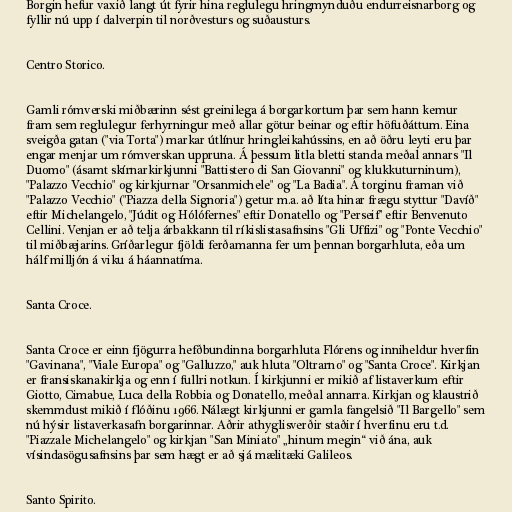
Borgin hefur vaxið langt út fyrir hina reglulegu hringmynduðu endurreisnarborg og
fyllir nú upp í dalverpin til norðvesturs og suðausturs.

Centro Storico.

Gamli rómverski miðbærinn sést greinilega á borgarkortum þar sem hann kemur
fram sem reglulegur ferhyrningur með allar götur beinar og eftir höfuðáttum. Eina
sveigða gatan ("via Torta") markar útlínur hringleikahússins, en að öðru leyti eru þar
engar menjar um rómverskan uppruna. Á þessum litla bletti standa meðal annars "Il
Duomo" (ásamt skírnarkirkjunni "Battistero di San Giovanni" og klukkuturninum),
"Palazzo Vecchio" og kirkjurnar "Orsanmichele" og "La Badia". Á torginu framan við
"Palazzo Vecchio" ("Piazza della Signoria") getur m.a. að líta hinar frægu styttur "Davíð"
eftir Michelangelo, "Júdit og Hólófernes" eftir Donatello og "Perseif" eftir Benvenuto
Cellini. Venjan er að telja árbakkann til ríkislistasafnsins "Gli Uffizi" og "Ponte Vecchio"
til miðbæjarins. Gríðarlegur fjöldi ferðamanna fer um þennan borgarhluta, eða um
hálf milljón á viku á háannatíma.

Santa Croce.

Santa Croce er einn fjögurra hefðbundinna borgarhluta Flórens og inniheldur hverfin
"Gavinana", "Viale Europa" og "Galluzzo," auk hluta "Oltrarno" og "Santa Croce". Kirkjan
er fransiskanakirkja og enn í fullri notkun. Í kirkjunni er mikið af listaverkum eftir
Giotto, Cimabue, Luca della Robbia og Donatello, meðal annarra. Kirkjan og klaustrið
skemmdust mikið í flóðinu 1966. Nálægt kirkjunni er gamla fangelsið "Il Bargello" sem
nú hýsir listaverkasafn borgarinnar. Aðrir athyglisverðir staðir í hverfinu eru t.d.
"Piazzale Michelangelo" og kirkjan "San Miniato" „hinum megin“ við ána, auk
vísindasögusafnsins þar sem hægt er að sjá mælitæki Galileos.

Santo Spirito.